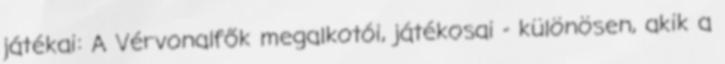
játékai: A Vérvonalfők megalkotói, játékosai - különösen, akik a